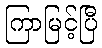
ကြာမြင့်ပြီ